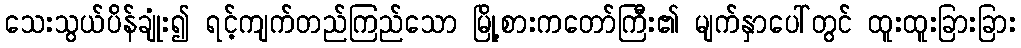
သေးသွယ်ပိန်ချုံး၍ ရင့်ကျက်တည်ကြည်သော မြို့စားကတော်ကြီး၏ မျက်နှာပေါ်တွင် ထူးထူးခြားခြား